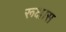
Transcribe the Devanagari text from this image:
रूक्षांस